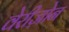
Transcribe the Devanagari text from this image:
वेरीज़ोन